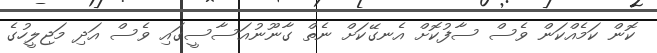
ކޮން ކަމެއްކަން ވެސް ސާފުކޮށް އެނގޭކަށް ނެތް ގާނޫނުއަސާސީގައި ވެސް އަދި މަޖިލީހުގެ